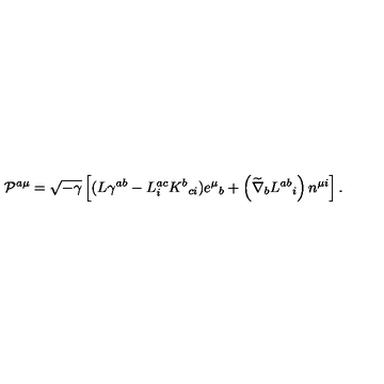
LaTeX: { \cal P } ^ { a \mu } = \sqrt { - \gamma } \left[ ( L \gamma ^ { a b } - L _ { i } ^ { a c } K ^ { b } { } _ { c i } ) e ^ { \mu } { } _ { b } + \left( \widetilde { \nabla } _ { b } L ^ { a b } { } _ { i } \right) n ^ { \mu i } \right] .